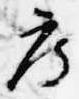
度